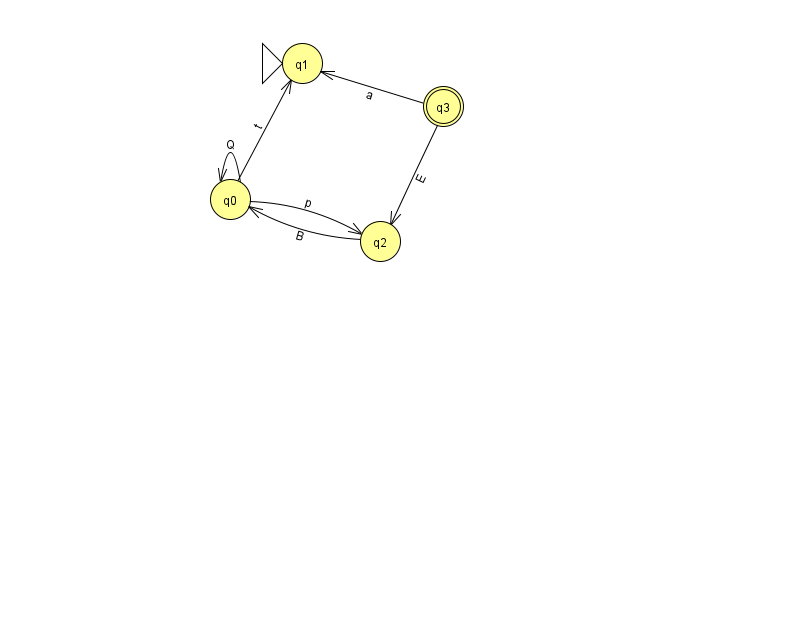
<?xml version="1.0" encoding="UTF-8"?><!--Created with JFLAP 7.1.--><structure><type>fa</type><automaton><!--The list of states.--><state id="0" name="q0"><x>230.0</x><y>186.0</y></state><state id="1" name="q1"><x>302.0</x><y>50.0</y><initial/></state><state id="2" name="q2"><x>380.0</x><y>228.0</y></state><state id="3" name="q3"><x>443.0</x><y>93.0</y><final/></state><!--The list of transitions.--><transition><from>0</from><to>0</to><read>Q</read></transition><transition><from>3</from><to>2</to><read>E</read></transition><transition><from>0</from><to>1</to><read>t</read></transition><transition><from>3</from><to>1</to><read>a</read></transition><transition><from>0</from><to>2</to><read>p</read></transition><transition><from>2</from><to>0</to><read>B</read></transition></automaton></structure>